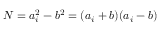
N = a _ { i } ^ { 2 } - b ^ { 2 } = ( a _ { i } + b ) ( a _ { i } - b )